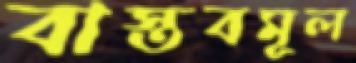
বাস্তবমূল